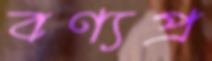
বণ্যপ্র